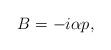
LaTeX: \begin{align*}B=-i\alpha p,\end{align*}